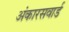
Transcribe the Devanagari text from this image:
अंकारसवार्ड